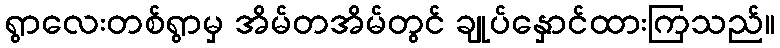
ရွာလေးတစ်ရွာမှ အိမ်တအိမ်တွင် ချုပ်နှောင်ထားကြသည်။